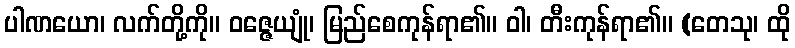
ပါဏယော၊ လက်တို့ကို။ ဝဇ္ဇေယျုံ၊ မြည်စေကုန်ရာ၏။ ဝါ၊ တီးကုန်ရာ၏။ (တေသု၊ ထို